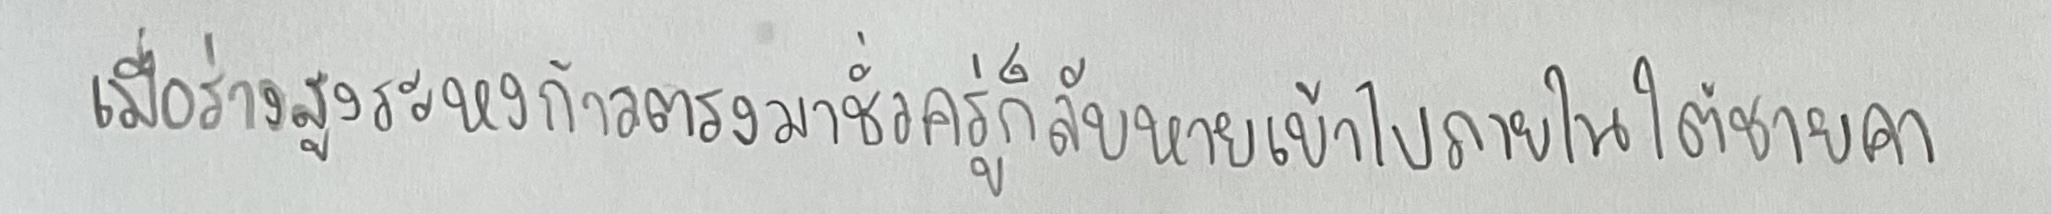
เมื่อร่างสูงระหงก้าวตรงมาชั่วครู่ก็ลับหายเข้าไปภายใต้ชายคา